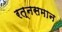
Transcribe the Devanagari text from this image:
रत्नसमान